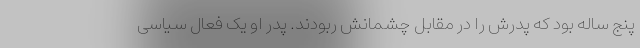
پنج ساله بود که پدرش را در مقابل چشمانش ربودند. پدر او یک فعال سیاسی